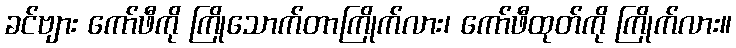
ခင်ဗျား ကော်ဖီကို ကြိုသောက်တာကြိုက်လား၊ ကော်ဖီထုတ်ကို ကြိုက်လား။